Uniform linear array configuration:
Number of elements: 24
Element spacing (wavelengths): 0.25
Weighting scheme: uniform
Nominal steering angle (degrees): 15
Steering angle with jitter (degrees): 15.796
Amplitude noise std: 0.05
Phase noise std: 0.05

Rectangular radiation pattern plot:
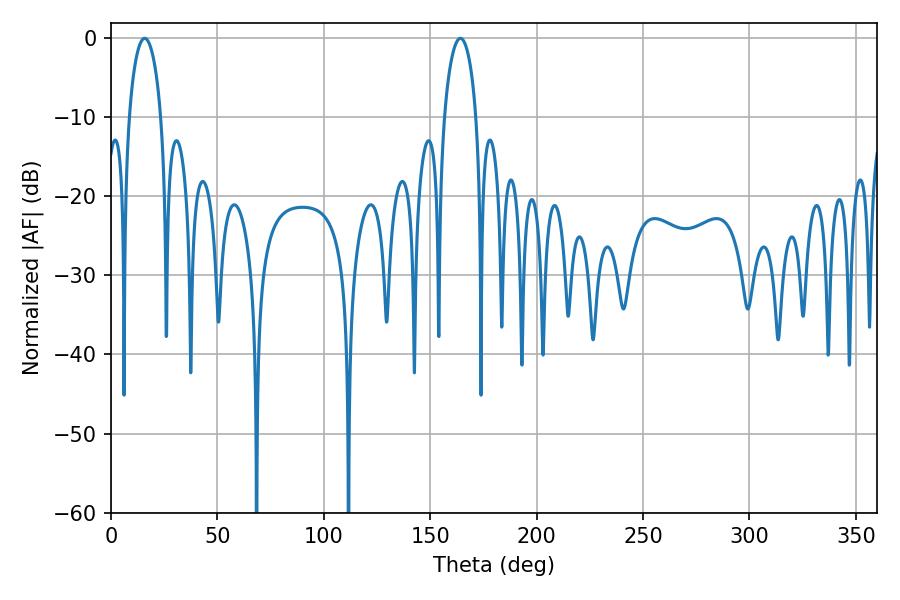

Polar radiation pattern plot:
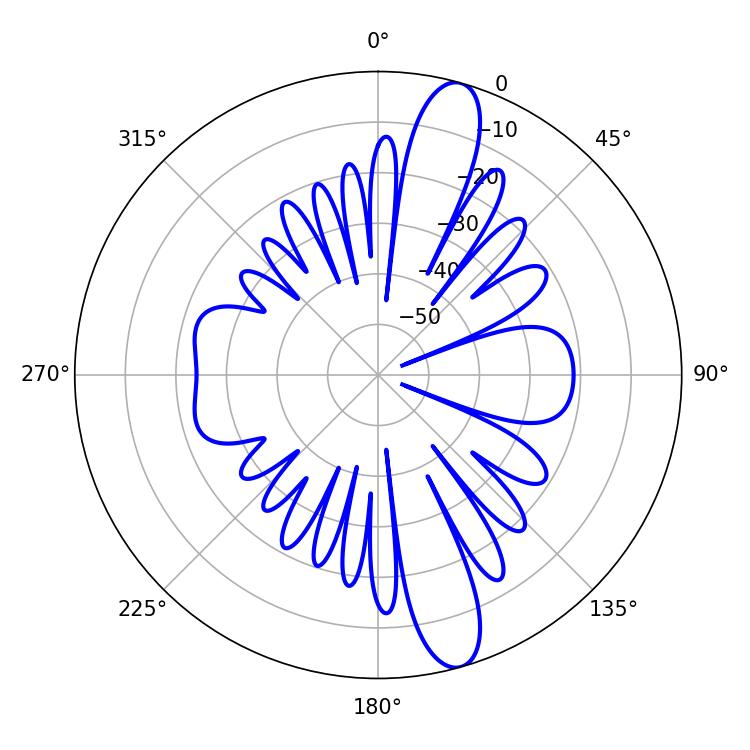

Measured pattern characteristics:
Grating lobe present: FALSE
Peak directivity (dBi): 13.349
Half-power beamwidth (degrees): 8.64
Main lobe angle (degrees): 15.84